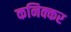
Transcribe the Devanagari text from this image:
कनिक्कर